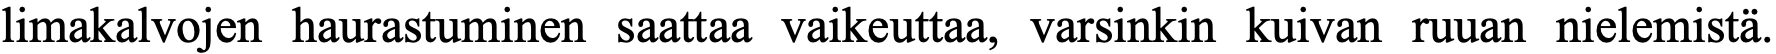
limakalvojen haurastuminen saattaa vaikeuttaa, varsinkin kuivan ruuan nielemistä.